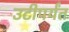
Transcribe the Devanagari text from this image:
उटीपर्यंत